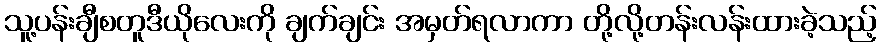
သူ့ပန်းချီစတူဒီယိုလေးကို ချက်ချင်း အမှတ်ရလာကာ တို့လို့တန်းလန်းထားခဲ့သည့်